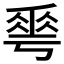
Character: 𠌶